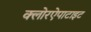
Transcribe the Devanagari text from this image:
क्लोरऐपाटाइट